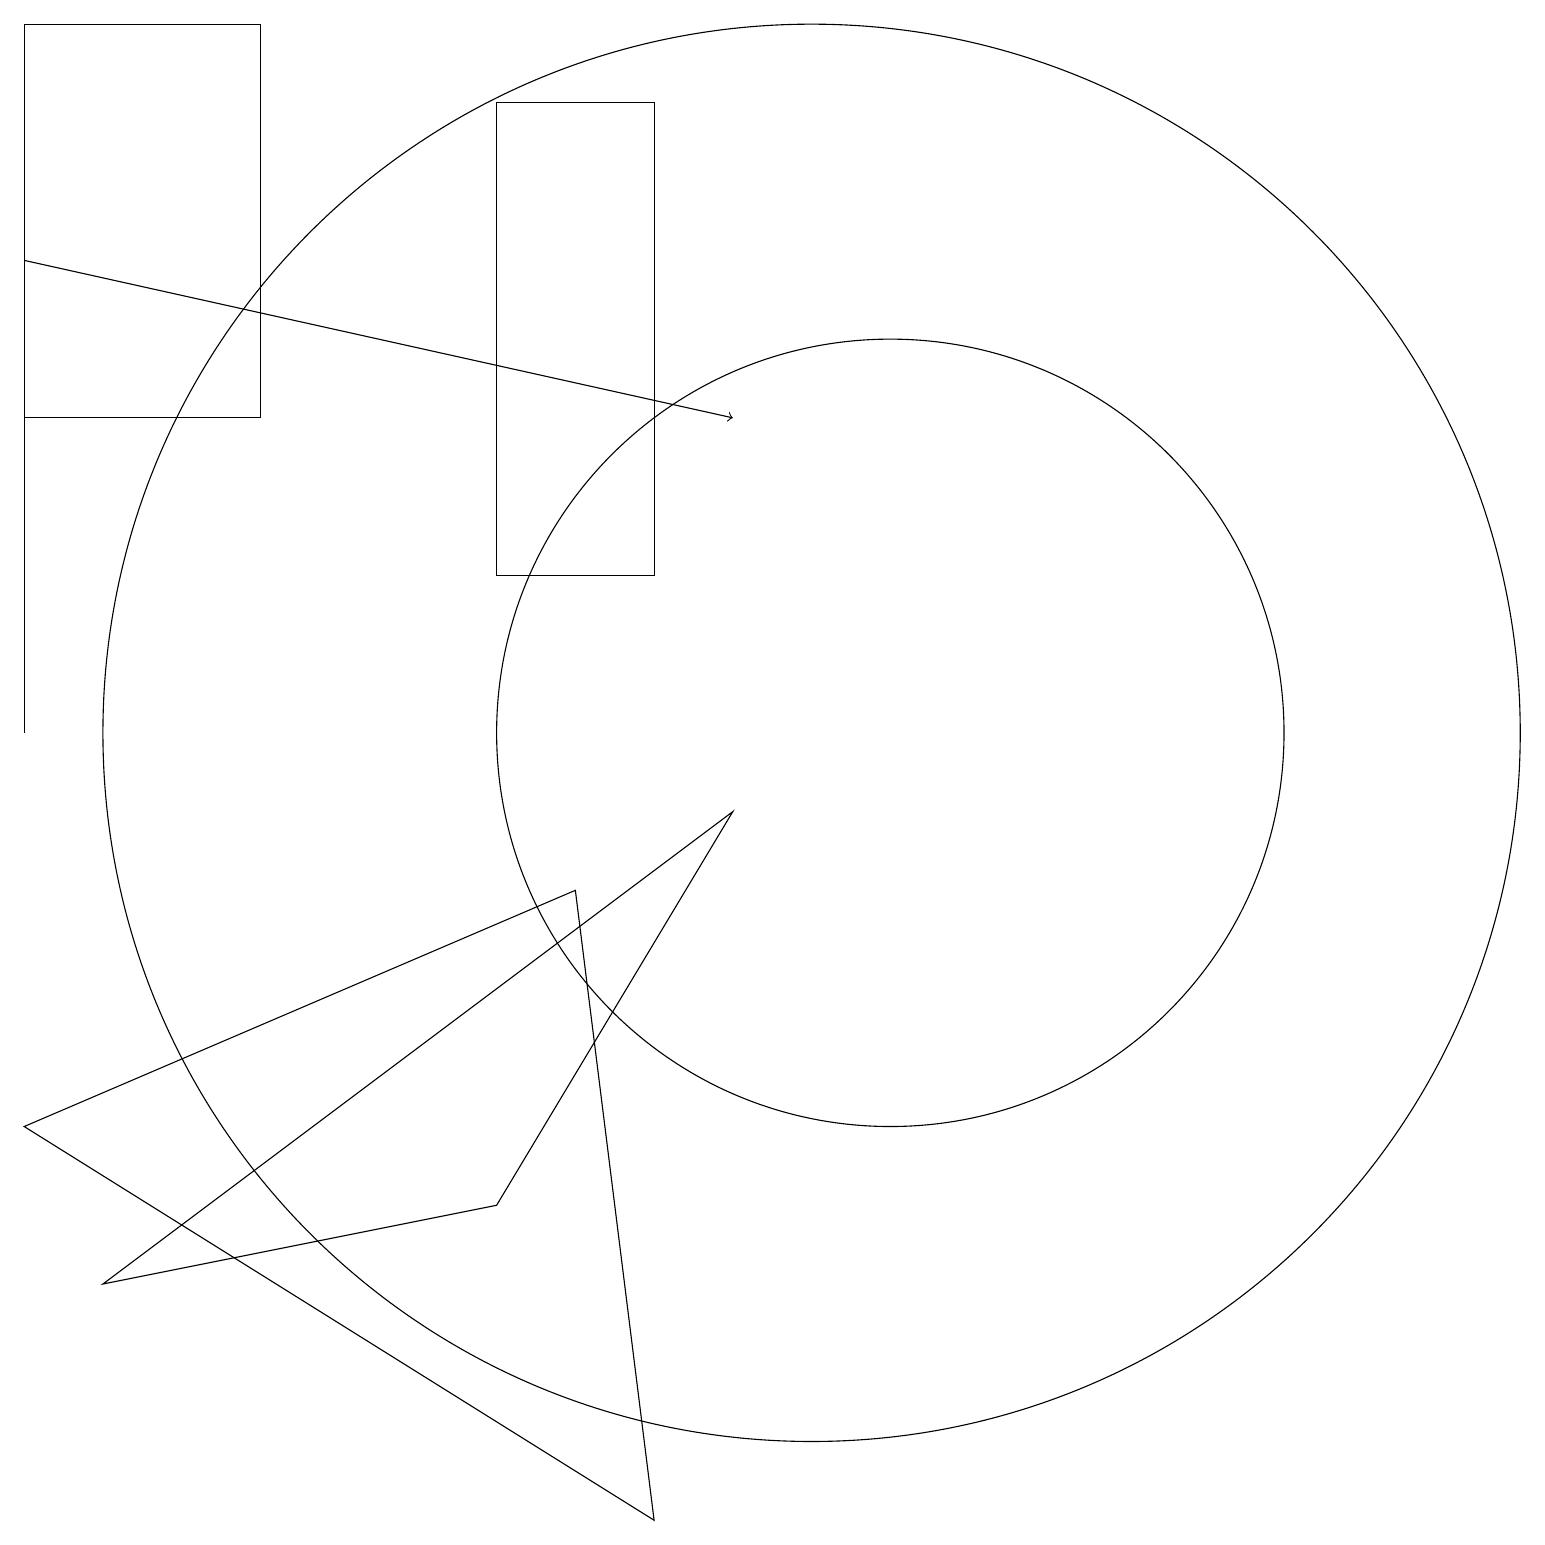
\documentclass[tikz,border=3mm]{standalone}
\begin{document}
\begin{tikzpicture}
\draw[->] (0,16) -- (9,14);
\draw (8,18) rectangle (6,12);
\draw (10,10) circle (9);
\draw (0,10) rectangle (0,17);
\draw (3,14) rectangle (0,19);
\draw (11,10) circle (5);
\draw (1,3) -- (6,4) -- (9,9) -- cycle;
\draw (7,8) -- (0,5) -- (8,0) -- cycle;
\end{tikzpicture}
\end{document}